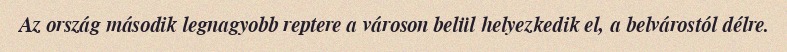
Az ország második legnagyobb reptere a városon belül helyezkedik el, a belvárostól délre.